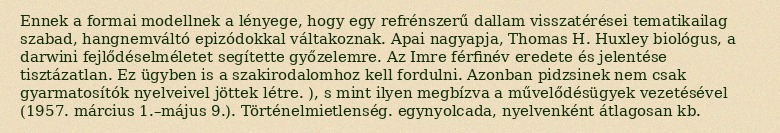
Ennek a formai modellnek a lényege, hogy egy refrénszerű dallam visszatérései tematikailag szabad, hangnemváltó epizódokkal váltakoznak. Apai nagyapja, Thomas H. Huxley biológus, a darwini fejlődéselméletet segítette győzelemre. Az Imre férfinév eredete és jelentése tisztázatlan. Ez ügyben is a szakirodalomhoz kell fordulni. Azonban pidzsinek nem csak gyarmatosítók nyelveivel jöttek létre. ), s mint ilyen megbízva a művelődésügyek vezetésével (1957. március 1.–május 9.). Történelmietlenség. egynyolcada, nyelvenként átlagosan kb.